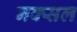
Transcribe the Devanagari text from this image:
नक्‍सल